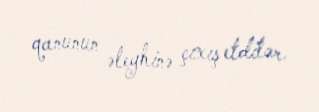
qanunun əleyhinə çıxış etdilər.